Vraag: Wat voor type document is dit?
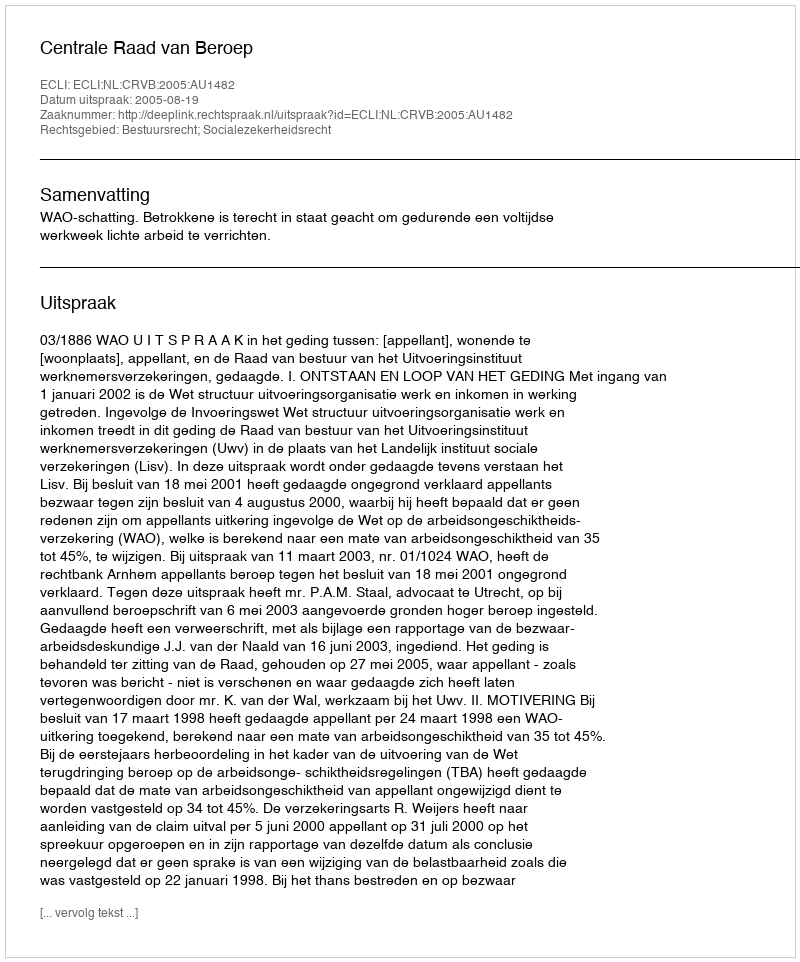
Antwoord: Uitspraak